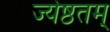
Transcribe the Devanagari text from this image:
ज्येष्ठतम्